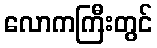
လောကကြီးတွင်